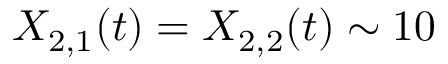
X _ { 2 , 1 } ( t ) = X _ { 2 , 2 } ( t ) \sim 1 0